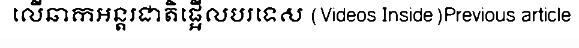
លើឆាកអន្តរជាតិផ្អើលបរទេស (Videos Inside)Previous article